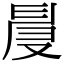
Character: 𠭙